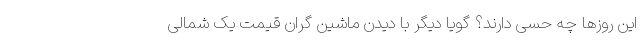
این روزها چه حسی دارند؟ گویا دیگر با دیدن ماشین گران قیمت یک شمالی